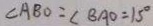
\angle A B O = \angle B A O = 1 5 ^ { \circ }